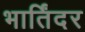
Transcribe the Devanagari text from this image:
भार्तिंदर